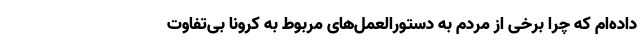
داده‌ام که چرا برخی از مردم به دستورالعمل‌های مربوط به کرونا بی‌تفاوت